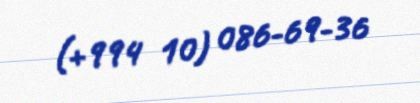
(+994 10) 086-69-36